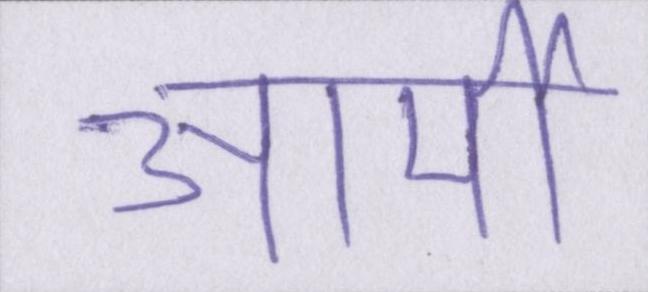
आर्मी